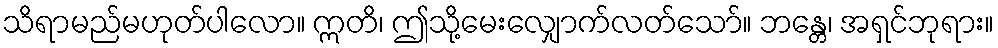
သိရာမည်မဟုတ်ပါလော။ ဣတိ၊ ဤသို့မေးလျှောက်လတ်သော်။ ဘန္တေ၊ အရှင်ဘုရား။